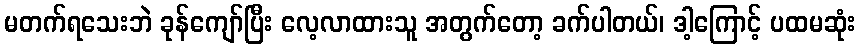
မတက်ရသေးဘဲ ခုန်ကျော်ပြီး လေ့လာထားသူ အတွက်တော့ ခက်ပါတယ်၊ ဒါ့ကြောင့် ပထမဆုံး